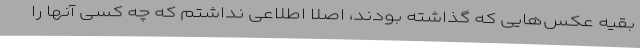
بقیه عکس‌هایی که گذاشته بودند، اصلا اطلاعی نداشتم که چه کسی آنها را